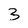
Character: 3